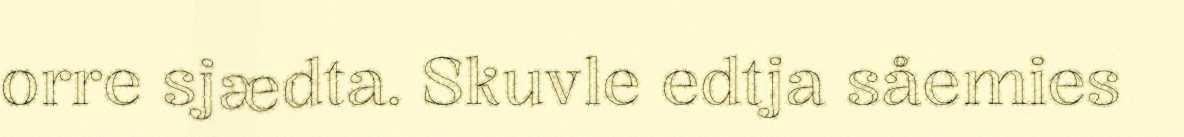
orre sjædta. Skuvle edtja såemies